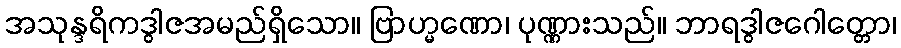
အသုန္ဒရိကဒွါဇအမည်ရှိသော။ ဗြာဟ္မဏော၊ ပုဏ္ဏားသည်။ ဘာရဒွါဇဂေါတ္တော၊